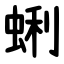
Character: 蜊